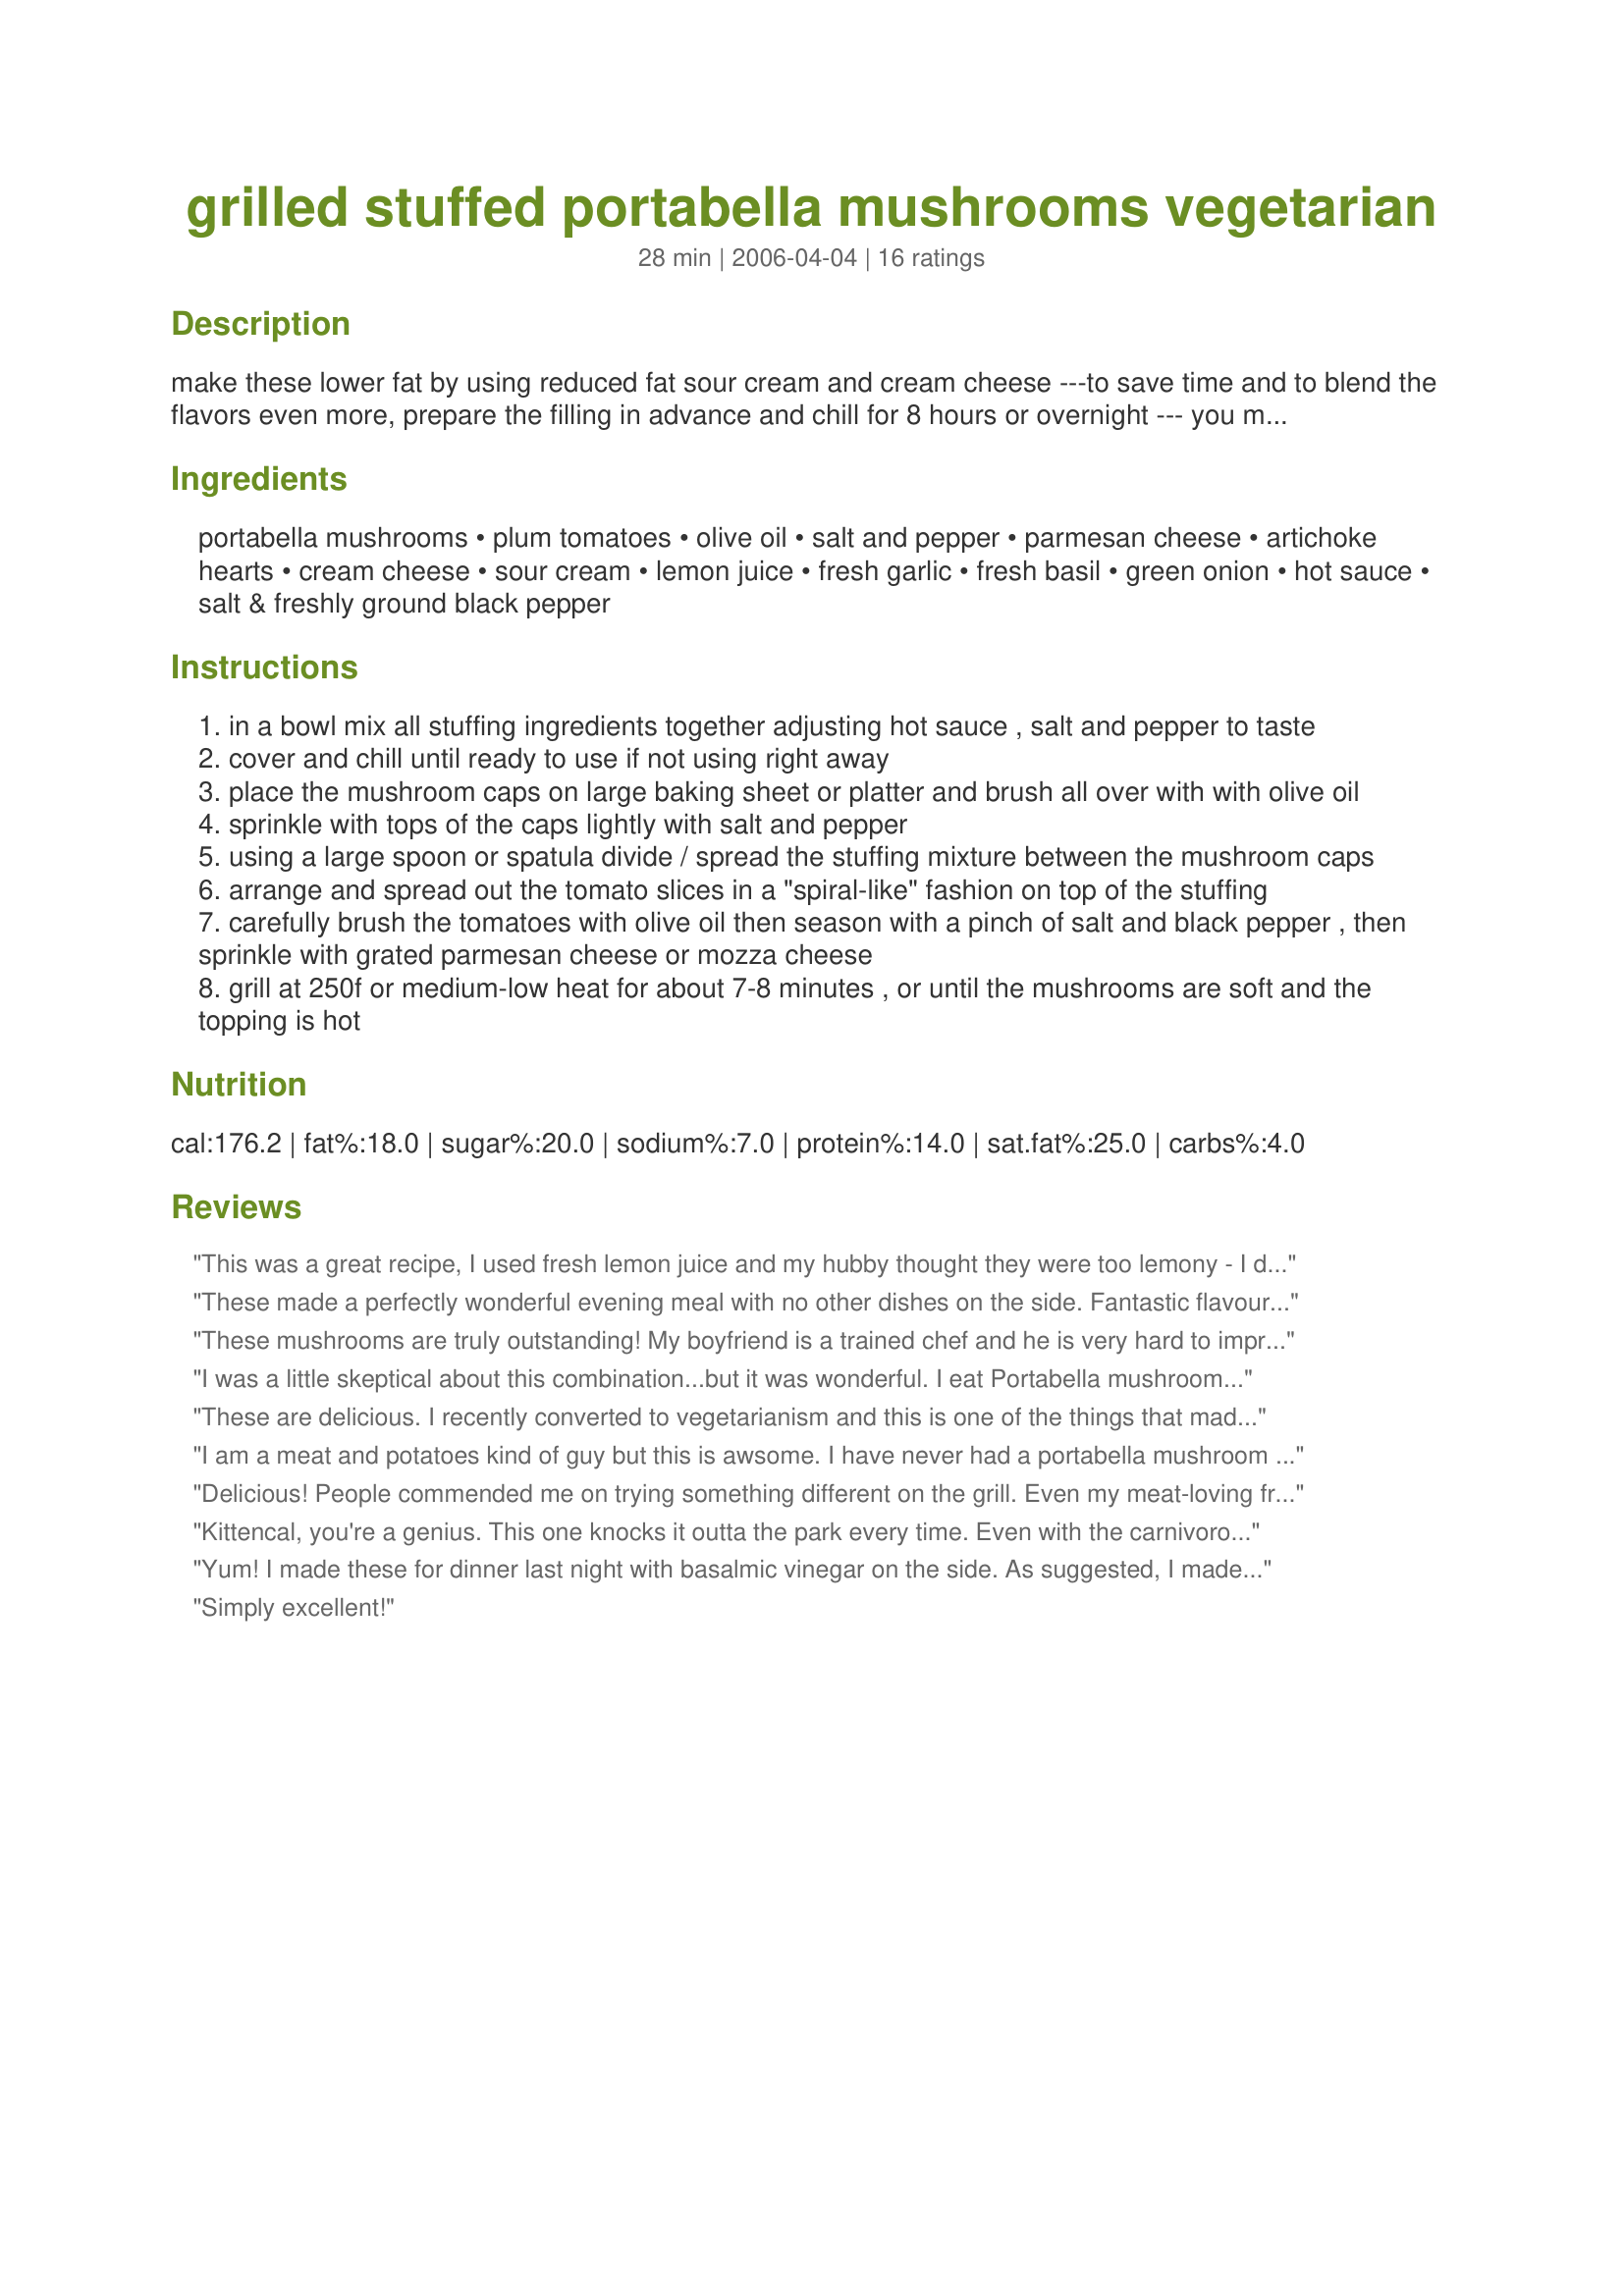
grilled stuffed portabella mushrooms vegetarian
Preparation time: 28 minutes

make these lower fat by using reduced fat sour cream and cream cheese ---to save time and to blend the flavors even more, prepare the filling in advance and chill for 8 hours or overnight --- you may use about 1/2 teaspoon dried basil or oregano in place of fresh, or just omit the herbs completely --- these are *very* good i have made them many times in the past :)

Ingredients:
portabella mushrooms, plum tomatoes, olive oil, salt and pepper, parmesan cheese, artichoke hearts, cream cheese, sour cream, lemon juice, fresh garlic, fresh basil, green onion, hot sauce, salt & freshly ground black pepper

Steps:
in a bowl mix all stuffing ingredients together adjusting hot sauce , salt and pepper to taste
cover and chill until ready to use if not using right away
place the mushroom caps on large baking sheet or platter and brush all over with with olive oil
sprinkle with tops of the caps lightly with salt and pepper
using a large spoon or spatula divide / spread the stuffing mixture between the mushroom caps
arrange and spread out the tomato slices in a "spiral-like" fashion on top of the stuffing
carefully brush the tomatoes with olive oil then season with a pinch of salt and black pepper , then sprinkle with grated parmesan cheese or mozza cheese
grill at 250f or medium-low heat for about 7-8 minutes , or until the mushrooms are soft and the topping is hot

Reviews:
This was a great recipe, I used fresh lemon juice and my hubby thought they were too lemony - I disagreed so I still gave it 5 stars but for those who don&#039;t love the acidic taste of lemon like I do you may want to cut down on the lemon juice a bit.
These made a perfectly wonderful evening meal with no other dishes on the side. Fantastic flavours and texture. DH whispered in awe, 'can we have these again tomorrow?' : ) I made the filling a day ahead to let the flavours build and to save time. Thank you so much. I'd like to serve these portabella's as a first course when we have company, and follow up with a light Italian entree.
These mushrooms are truly outstanding! My boyfriend is a trained chef and he is very hard to impress - he loved them! They will be a staple at my summer BBQs this year! I used fresh oregano but thought it was a little overpowering. Next time I will use more garlic and less oregano. Thanks Kittencal!
I was a little skeptical about this combination...but it was wonderful. I eat Portabella mushrooms all the time and wanted something a little different and this was it! Great flavor will make again! They were delicious. I live alone, so scaled back all the ingredients for two large mushrooms...wonderful. Thanks for sharing.
These are delicious. I recently converted to vegetarianism and this is one of the things that made me decide that I can still cook really yummy things without meat. I didn't shred the basil, but kept the leaves whole. I think they look prettier that way.
I am a meat and potatoes kind of guy but this is awsome. I have never had a portabella mushroom to boot either. I made it just like the receipe and this was a pleasent surprise. Cheap and easy to make.
Delicious! People commended me on trying something different on the grill. Even my meat-loving friends loved it. Thank you.
Kittencal, you're a genius. This one knocks it outta the park every time. Even with the carnivorous crowd. Thanks a million!
Yum! I made these for dinner last night with basalmic vinegar on the side. As suggested, I made the filling ahead of time, mixing it in my food processor (which worked out quite well). I used light cream cheese and sour cream, and left out the salt. I also used dried herbs (I know, I'm a heretic): 1 t basil, 1 t oregano, and 3/4 t rosemary. Hubby and I ate two each and were stuffed (ha ha, I made a pun), so I wouldn't hesitate to serve these as an entree rather than a side dish.
Simply excellent!
the portabella's were really expensive at the grocery story so we got the baby bellas instead - i put them on heavy tinfoil on the grill and now my vegetarian girlfriend likes to grill with me :) - thank you for the recepe - the baby bellas were perfect bite size, but the filling was enough for about 4 dozen of the baby bellas - ill probably just do a half batch next time.
Outstanding! Even my 3 year old who hates mushrooms ate this with delight. At least 4-5 good sized bites! Amazing!
I won't be missing steak anytime soon.....
Here's what I changed:
-For the herbs I added half dried basil and half dried oregano. Fresh would probably be even better.
-I used neufchatel (1/3 fat cream cheese) rather than cream cheese.
-Used grape tomato rather than plums, since grapes looked better at the store. A little more work, but a great winter tomato.
-Didn't use salt until after cooking and added it to taste.
-Did add some of the Paul Prudhomme's salt free seasoning to the mushroom cap prior to assembling.

Recipe made the perfect amount of stuffing for 8 portabellos. Cooked for 10 minutes on the grill. Perfection! Thanks for a great recipe!
I cooked these for 10 min. at 250 and they still were not hot in the center. I recommend cooking longer, and hotter. Just to keep them out of the microwave.
These are very tasty and I would definitely recommend trying them! However I felt they were missing something. This is a recipe I will absolutely be playing around with. Because the mushrooms are so juicy and the filling is so creamy they just need some "bite" in my opinion (especially as a main dish/side, as a first coarse they're perfect!) I added some chopped walnuts and really enjoyed that , but I didn't use enough. I think I may try adding in some cooked rice along with more nuts. I was nervous about the canned artichokes. I never liked them before and I NEVER used them before, but I wanted something different and they were excellent in this recipe. Thanks Kitten!
The filling was incredible! i'm not sure if i would serve it on such large mushrooms again, would work great on bread as well!!
I made these last week and they were delicious. I halved the recipe because it was just my hubby and I and we had 6 small caps instead. I chopped and cooked the stems in some olive oil and italian bread crumbs and folded it into the mixture. Only had large tmatoes so topped each with one slice. We did 3 w/parm, 3 w/mozz and both preferred the mozz but the parm was still yummy. Served with couscous and a salad with a delicious strawberry vinaigrette I found on here (Recipe #89778) I left some comments/suggestions about that too. Hubby loved it all. Thanks for the recipe!
